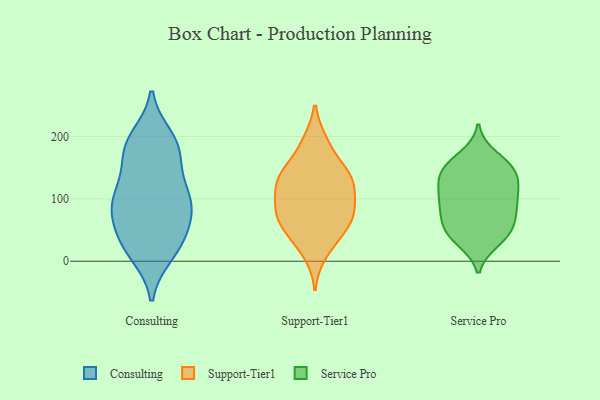
{"axis": {"x": "Active Users", "y": "Value"}, "legend": ["Consulting", "Service Pro", "Support-Tier1"], "data": [{"x": "", "y": 10, "type": "Consulting"}, {"x": "", "y": 32, "type": "Consulting"}, {"x": "", "y": 186, "type": "Consulting"}, {"x": "", "y": 190, "type": "Consulting"}, {"x": "", "y": 163, "type": "Consulting"}, {"x": "", "y": 161, "type": "Consulting"}, {"x": "", "y": 116, "type": "Consulting"}, {"x": "", "y": 79, "type": "Consulting"}, {"x": "", "y": 56, "type": "Consulting"}, {"x": "", "y": 125, "type": "Consulting"}, {"x": "", "y": 188, "type": "Consulting"}, {"x": "", "y": 91, "type": "Consulting"}, {"x": "", "y": 102, "type": "Consulting"}, {"x": "", "y": 11, "type": "Consulting"}, {"x": "", "y": 41, "type": "Consulting"}, {"x": "", "y": 73, "type": "Consulting"}, {"x": "", "y": 199, "type": "Consulting"}, {"x": "", "y": 94, "type": "Consulting"}, {"x": "", "y": 94, "type": "Consulting"}, {"x": "", "y": 27, "type": "Consulting"}, {"x": "", "y": 36, "type": "Support-Tier1"}, {"x": "", "y": 94, "type": "Support-Tier1"}, {"x": "", "y": 131, "type": "Support-Tier1"}, {"x": "", "y": 137, "type": "Support-Tier1"}, {"x": "", "y": 187, "type": "Support-Tier1"}, {"x": "", "y": 80, "type": "Support-Tier1"}, {"x": "", "y": 72, "type": "Support-Tier1"}, {"x": "", "y": 45, "type": "Support-Tier1"}, {"x": "", "y": 100, "type": "Support-Tier1"}, {"x": "", "y": 68, "type": "Support-Tier1"}, {"x": "", "y": 131, "type": "Support-Tier1"}, {"x": "", "y": 82, "type": "Support-Tier1"}, {"x": "", "y": 126, "type": "Support-Tier1"}, {"x": "", "y": 143, "type": "Support-Tier1"}, {"x": "", "y": 59, "type": "Support-Tier1"}, {"x": "", "y": 190, "type": "Support-Tier1"}, {"x": "", "y": 137, "type": "Support-Tier1"}, {"x": "", "y": 13, "type": "Support-Tier1"}, {"x": "", "y": 106, "type": "Service Pro"}, {"x": "", "y": 145, "type": "Service Pro"}, {"x": "", "y": 92, "type": "Service Pro"}, {"x": "", "y": 110, "type": "Service Pro"}, {"x": "", "y": 149, "type": "Service Pro"}, {"x": "", "y": 44, "type": "Service Pro"}, {"x": "", "y": 80, "type": "Service Pro"}, {"x": "", "y": 146, "type": "Service Pro"}, {"x": "", "y": 33, "type": "Service Pro"}, {"x": "", "y": 40, "type": "Service Pro"}, {"x": "", "y": 78, "type": "Service Pro"}, {"x": "", "y": 153, "type": "Service Pro"}, {"x": "", "y": 120, "type": "Service Pro"}, {"x": "", "y": 137, "type": "Service Pro"}, {"x": "", "y": 168, "type": "Service Pro"}, {"x": "", "y": 60, "type": "Service Pro"}, {"x": "", "y": 42, "type": "Service Pro"}, {"x": "", "y": 71, "type": "Service Pro"}, {"x": "", "y": 110, "type": "Service Pro"}]}